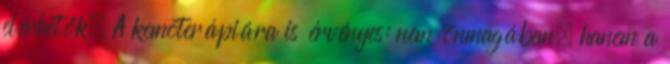
elérhetők. A kemoterápiára is érvényes: nem önmagában, hanem a